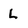
Character: L